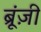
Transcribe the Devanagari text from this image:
ब्रूंज़ी